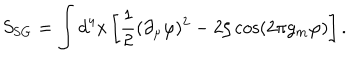
S _ { \mathrm { S G } } = \int d ^ { 4 } x \left[ \frac 1 2 ( \partial _ { \mu } \varphi ) ^ { 2 } - 2 \zeta \cos \left( 2 \pi g _ { m } \varphi \right) \right] .